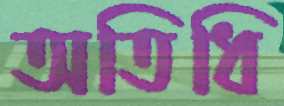
অতিধি